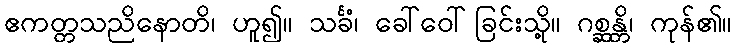
ဧကတ္တသညိနောတိ၊ ဟူ၍။ သင်္ခံ၊ ခေါ်ဝေါ်ခြင်းသို့။ ဂစ္ဆန္တိ၊ ကုန်၏။